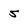
Character: 5